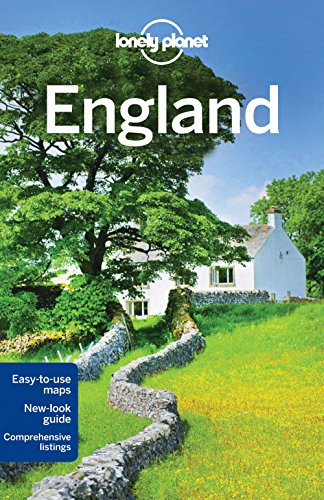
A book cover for Lonely Planet England (Travel Guide); Lonely Planet; Travel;